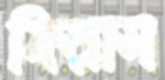
ফিরাস